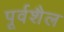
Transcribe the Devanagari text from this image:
पूर्वशैल